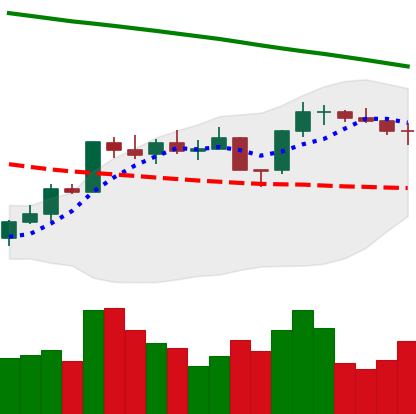
Ticker: ETH-USD
Chart end date: 2022-08-02
Forward return: 4.067%
Label: up_3_5